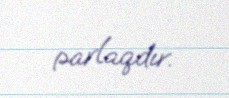
parlaqdır.